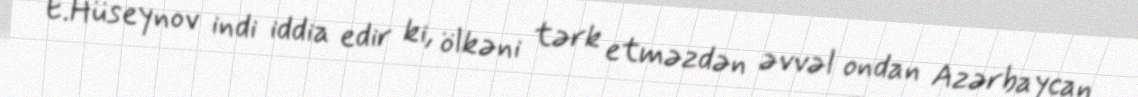
E.Hüseynov indi iddia edir ki, ölkəni tərk etməzdən əvvəl ondan Azərbaycan